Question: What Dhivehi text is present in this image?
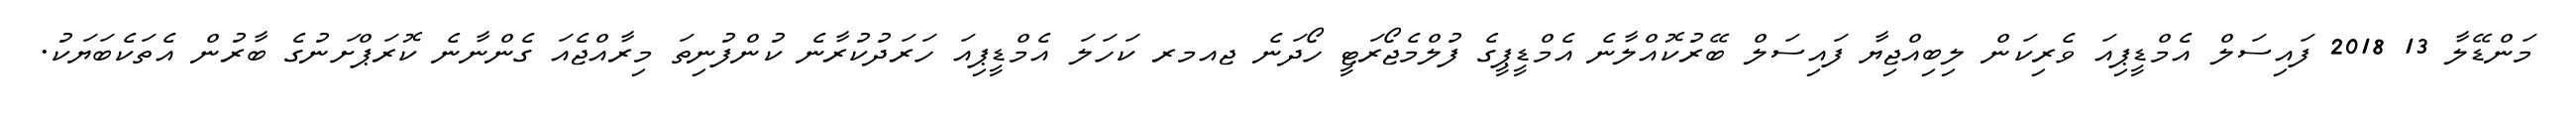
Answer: މަންޑޭލާ 13 2018 ފައިސަލް އެމްޑީޕިއަ ވެރިކަން ލިބިއްޖިޔާ ފައިސަލް ބޭރުކޮއްލާނެ އެމްޑީޕީގެ ފުލްމެޖޯރަޓީ ހޯދަނެ ޖއމރ ކަހަލަ އެމްޑީޕިއަ ހަރަދުކުރާނެ ކުންފުނިތަ މިރާއްޖެއަ ގެންނާނެ ކޮރަޕްށަނުގެ ބާރުން އެތަކެބަޔަކު.